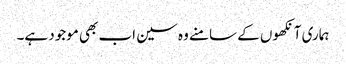
ہماری آنکھوں کے سامنے وہ سین اب بھی موجود ہے۔